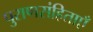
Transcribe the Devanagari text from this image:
पुराणसंहिताएँ